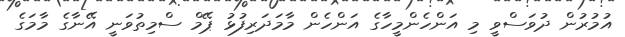
އުމުރުން ދުވަސްވީ މި އަންހެންމީހާގެ އަންހެން މާމަދަރިފުޅު ޕޭމް ސްމިތުވަނީ އޭނާގެ މާމަގެ